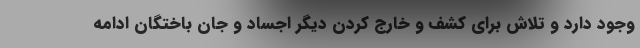
وجود دارد و تلاش برای کشف و خارج کردن دیگر اجساد و جان باختگان ادامه